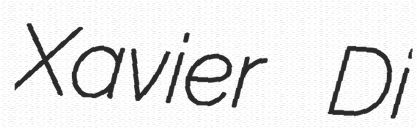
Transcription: Xavier Di